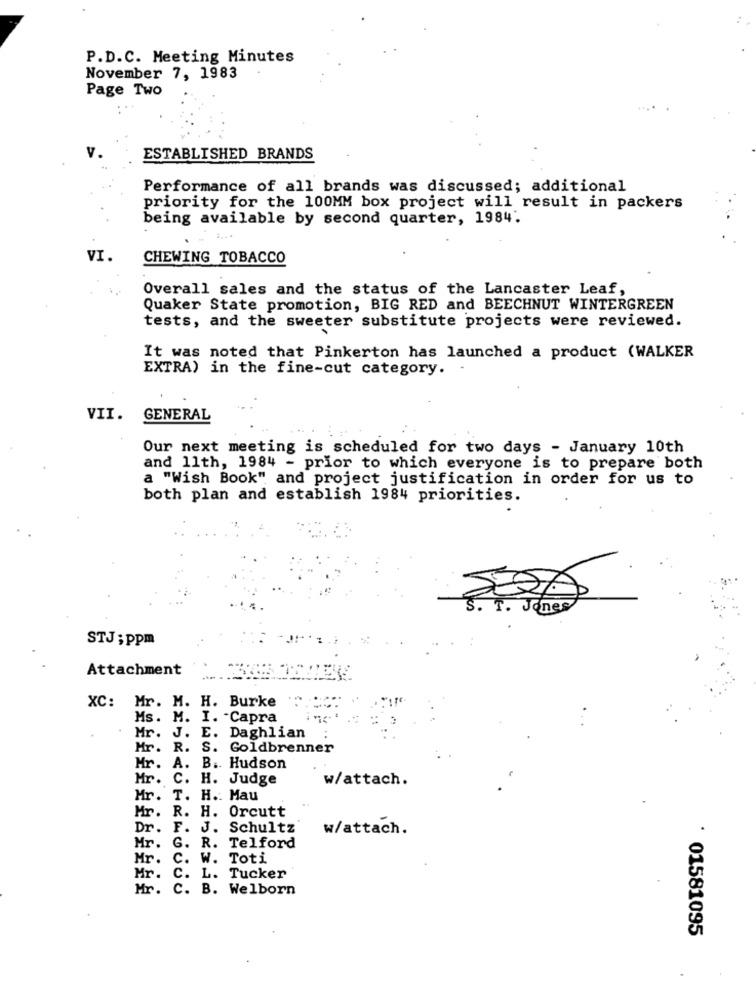
P.D.C. Meeting Minutes
November 7, 1983
Page Two
ESTABLISHED BRANDS
Performance of all brands was discussed; additional
priority for the 100MM box project will result in packers
being available by second quarter, 1984.
CHEWING TOBACCO
Overall sales and the status of the Lancaster Leaf,
Quaker State promotion, BIG RED and BEECHNUT WINTERGREEN
tests, and the sweeter substitute projects were reviewed.
It was noted that Pinkerton has launched a product (WALKER
EXTRA) in the fine-cut category.
VII.
GENERAL
Our next meeting is scheduled for two days - January 10th
and 11th, 1984 - prior to which everyone is to prepare both
a "Wish Book" and project justification in order for us to
both plan and establish 1984 priorities.
Jones
STJ; ppm
Attachment
4:
XC: Mr. M. H. Burke
Ms. M. I. - Capra
Mr. J. E. Daghlian
Mr. R.
S. Goldbrenner
Mr.
A. B .. Hudson
Mr. C. H. Judge
w/attach.
Mr. T. H .: Mau
Mr.
R. H. Orcutt
Dr. F. J. Schultz
w/attach.
G. R. Telford
Mr.
Hr. C.
W. Toti
Mr. C. L. Tucker
Mr. C. B. Welborn
· 01581095
-